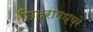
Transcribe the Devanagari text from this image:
छिद्रामध्य्रे